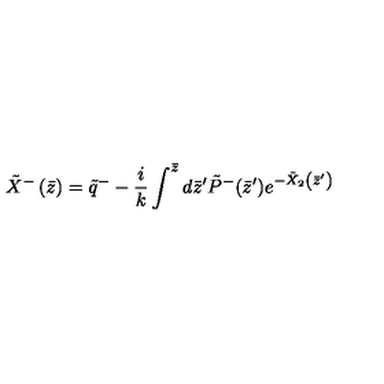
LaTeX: \tilde { X } ^ { - } \left( \bar { z } \right) = \tilde { q } ^ { - } - \frac i k \int ^ { \bar { z } } d \bar { z } ^ { \prime } \tilde { P } ^ { - } ( \bar { z } ^ { \prime } ) e ^ { - \tilde { X } _ { 2 } \left( \bar { z } ^ { \prime } \right) }